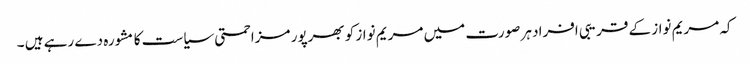
کہ مریم نواز کے قریبی افراد ہر صورت میں مریم نواز کو بھرپور مزاحمتی سیاست کا مشورہ دے رہے ہیں ۔